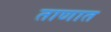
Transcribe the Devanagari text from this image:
ताणात